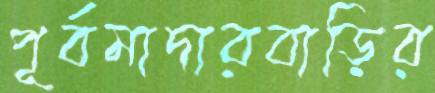
পূর্বমাদারবাড়ির